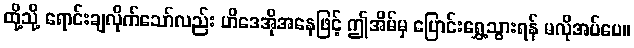
ထို့သို့ ရောင်းချလိုက်သော်လည်း ဟိဒေအိုအနေဖြင့် ဤအိမ်မှ ပြောင်းရွှေ့သွားရန် မလိုအပ်ပေ။